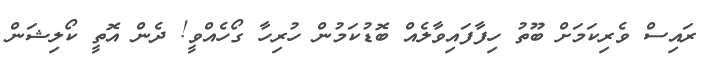
ރައިސް ވެރިކަމަށް ބޫތު ހިފާފައިވާލެއް ބޮޑުކަމުން ހުރިހާ ގޯހެއްވީ! ދެން އޮތީ ކޯލިޝަން